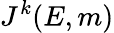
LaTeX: J^{k}(E,m)